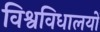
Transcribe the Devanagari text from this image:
विश्वविधालयों